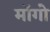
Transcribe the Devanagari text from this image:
माॅगो